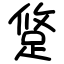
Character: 跾